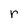
Character: r